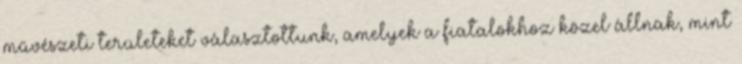
művészeti területeket választottunk, amelyek a fiatalokhoz közel állnak, mint